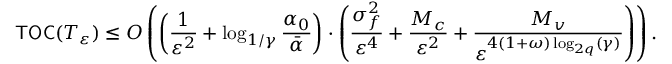
\mathsf { T O C } ( T _ { \varepsilon } ) \leq { \cal O } \left( \left( \frac { 1 } { \varepsilon ^ { 2 } } + \log _ { 1 / \gamma } \frac { \alpha _ { 0 } } { \bar { \alpha } } \right) \cdot \left( \frac { \sigma _ { f } ^ { 2 } } { \varepsilon ^ { 4 } } + \frac { M _ { c } } { \varepsilon ^ { 2 } } + \frac { M _ { v } } { \varepsilon ^ { 4 ( 1 + \omega ) \log _ { 2 q } ( \gamma ) } } \right) \right) .